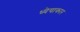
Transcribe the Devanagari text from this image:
ध्येयाकार